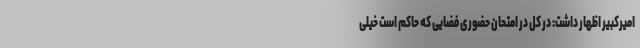
امیرکبیر اظهار داشت: در کل در امتحان حضوری فضایی که حاکم است خیلی